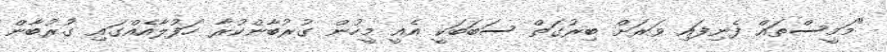
"މަމީސްތައް ފެނިފައި ވަރަށް ބިރުގަތް ސަބަބަކީ އެއީ މީހުން ގުރުބާންކުރާ ހަފުލާއެއްގައި ގުރުބާން